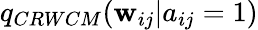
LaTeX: q_{CRWCM}(\mathbf{w}_{ij}|a_{ij}=1)